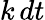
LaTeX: k\, dt